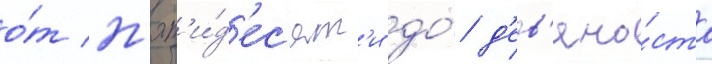
о́т п'ят'и́д'ес'ят'и до́ д'ев'яно́ста